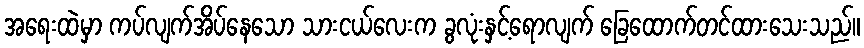
အရေးထဲမှာ ကပ်လျက်အိပ်နေသော သားငယ်လေးက ခွလုံးနှင့်ရောလျက် ခြေထောက်တင်ထားသေးသည်။